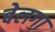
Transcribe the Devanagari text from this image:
बेलगा